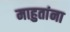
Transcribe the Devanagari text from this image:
माहुतांना